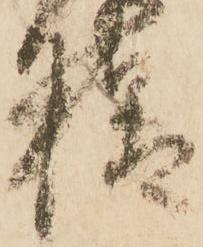
様